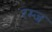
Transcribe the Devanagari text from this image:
रम्ज